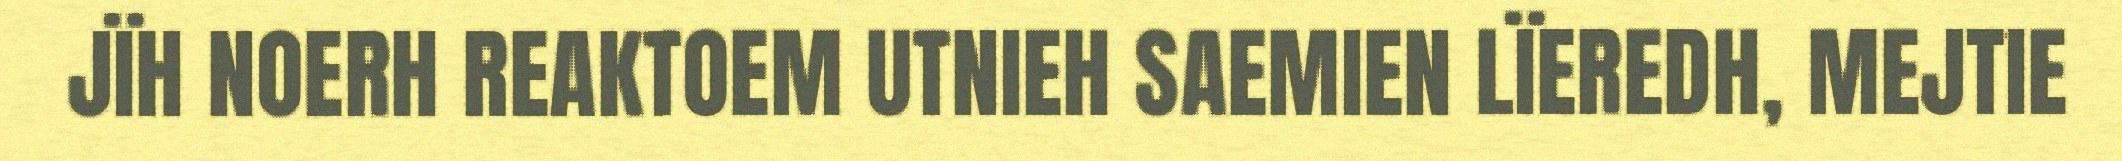
JÏH NOERH REAKTOEM UTNIEH SAEMIEN LÏEREDH, MEJTIE